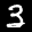
Label: 3